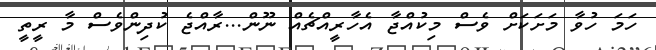
ހަމަ ހުވާ މަށަކަށް ވެސް މިކުއްޖާ އެހާރީއްޗެއް ނޫން...ރާއްޖެ ކުދިންވެސް މާ ރީތީ